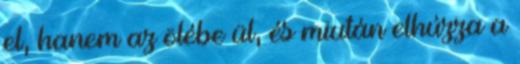
el, hanem az ölébe ül, és miután elhúzza a